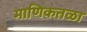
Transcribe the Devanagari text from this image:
माणिकतळा